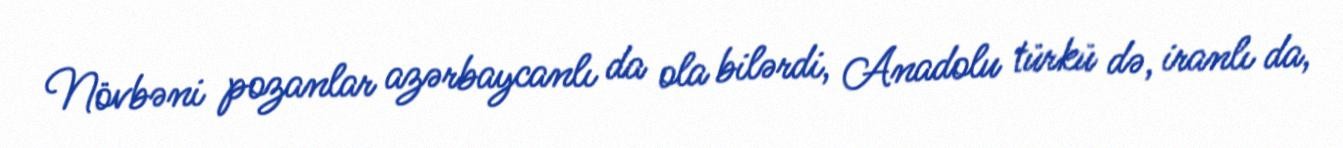
Növbəni pozanlar azərbaycanlı da ola bilərdi, Anadolu türkü də, iranlı da,